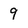
Character: 9